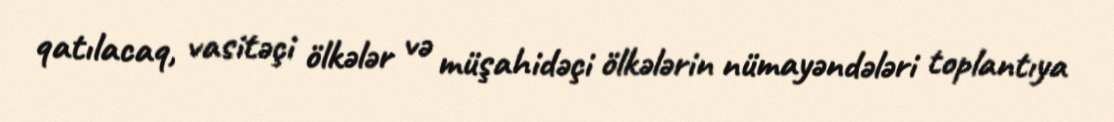
qatılacaq, vasitəçi ölkələr və müşahidəçi ölkələrin nümayəndələri toplantıya